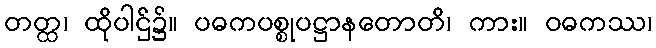
တတ္ထ၊ ထိုပါဌ်၌။ ပဓကပစ္စုပဋ္ဌာနတောတိ၊ ကား။ ဝဓကဿ၊